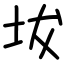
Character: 坺